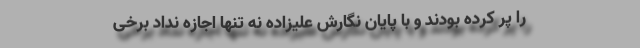
را پر کرده بودند و با پایان نگارش علیزاده نه تنها اجازه نداد برخی